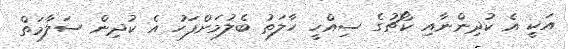
އަކީ އެ ކުދިންނާއި ކޯޗުގެ ސިއްހީ ހާލަތު ބެލުމަށްފަހު އެ ކުދިން ސަލާމަތް